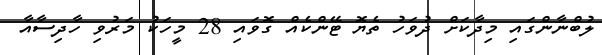
ލުބްނާންގައި މިދާކަށް ދުވަހު ތެޔޮ ޓޭންކެއް ގޮވައި 28 މީހަކު މަރުވި ހާދިސާއާ